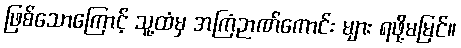
ဖြစ်သောကြောင့် သူ့ထံမှ အကြံဉာဏ်ကောင်း များ ရဖို့မမြင်။